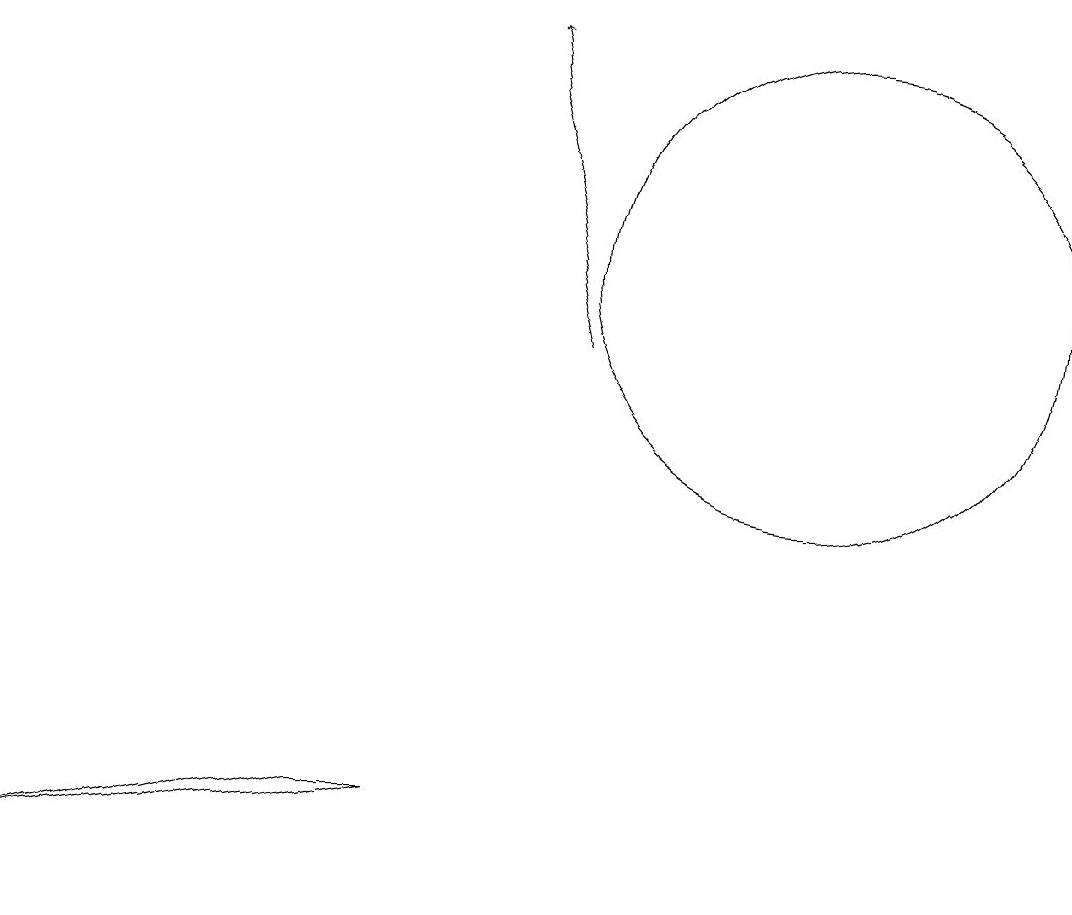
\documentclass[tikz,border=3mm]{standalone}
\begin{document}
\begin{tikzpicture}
\draw (10,11) circle (3);
\draw[->] (7,10) -- (6,14);
\draw (5,4) -- (0,3) -- (4,4) -- cycle;
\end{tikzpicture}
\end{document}